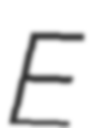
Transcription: E